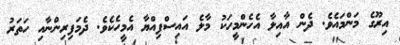
އިރޫގެ މަންމައެވެ. ދެން އާއިލާ އެހެންމީހަކު މާލެ އައިސްފިއްޔާ އެމީހެކެވެ. ދެމަފިރިންނާއި ހަތަރު